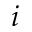
i